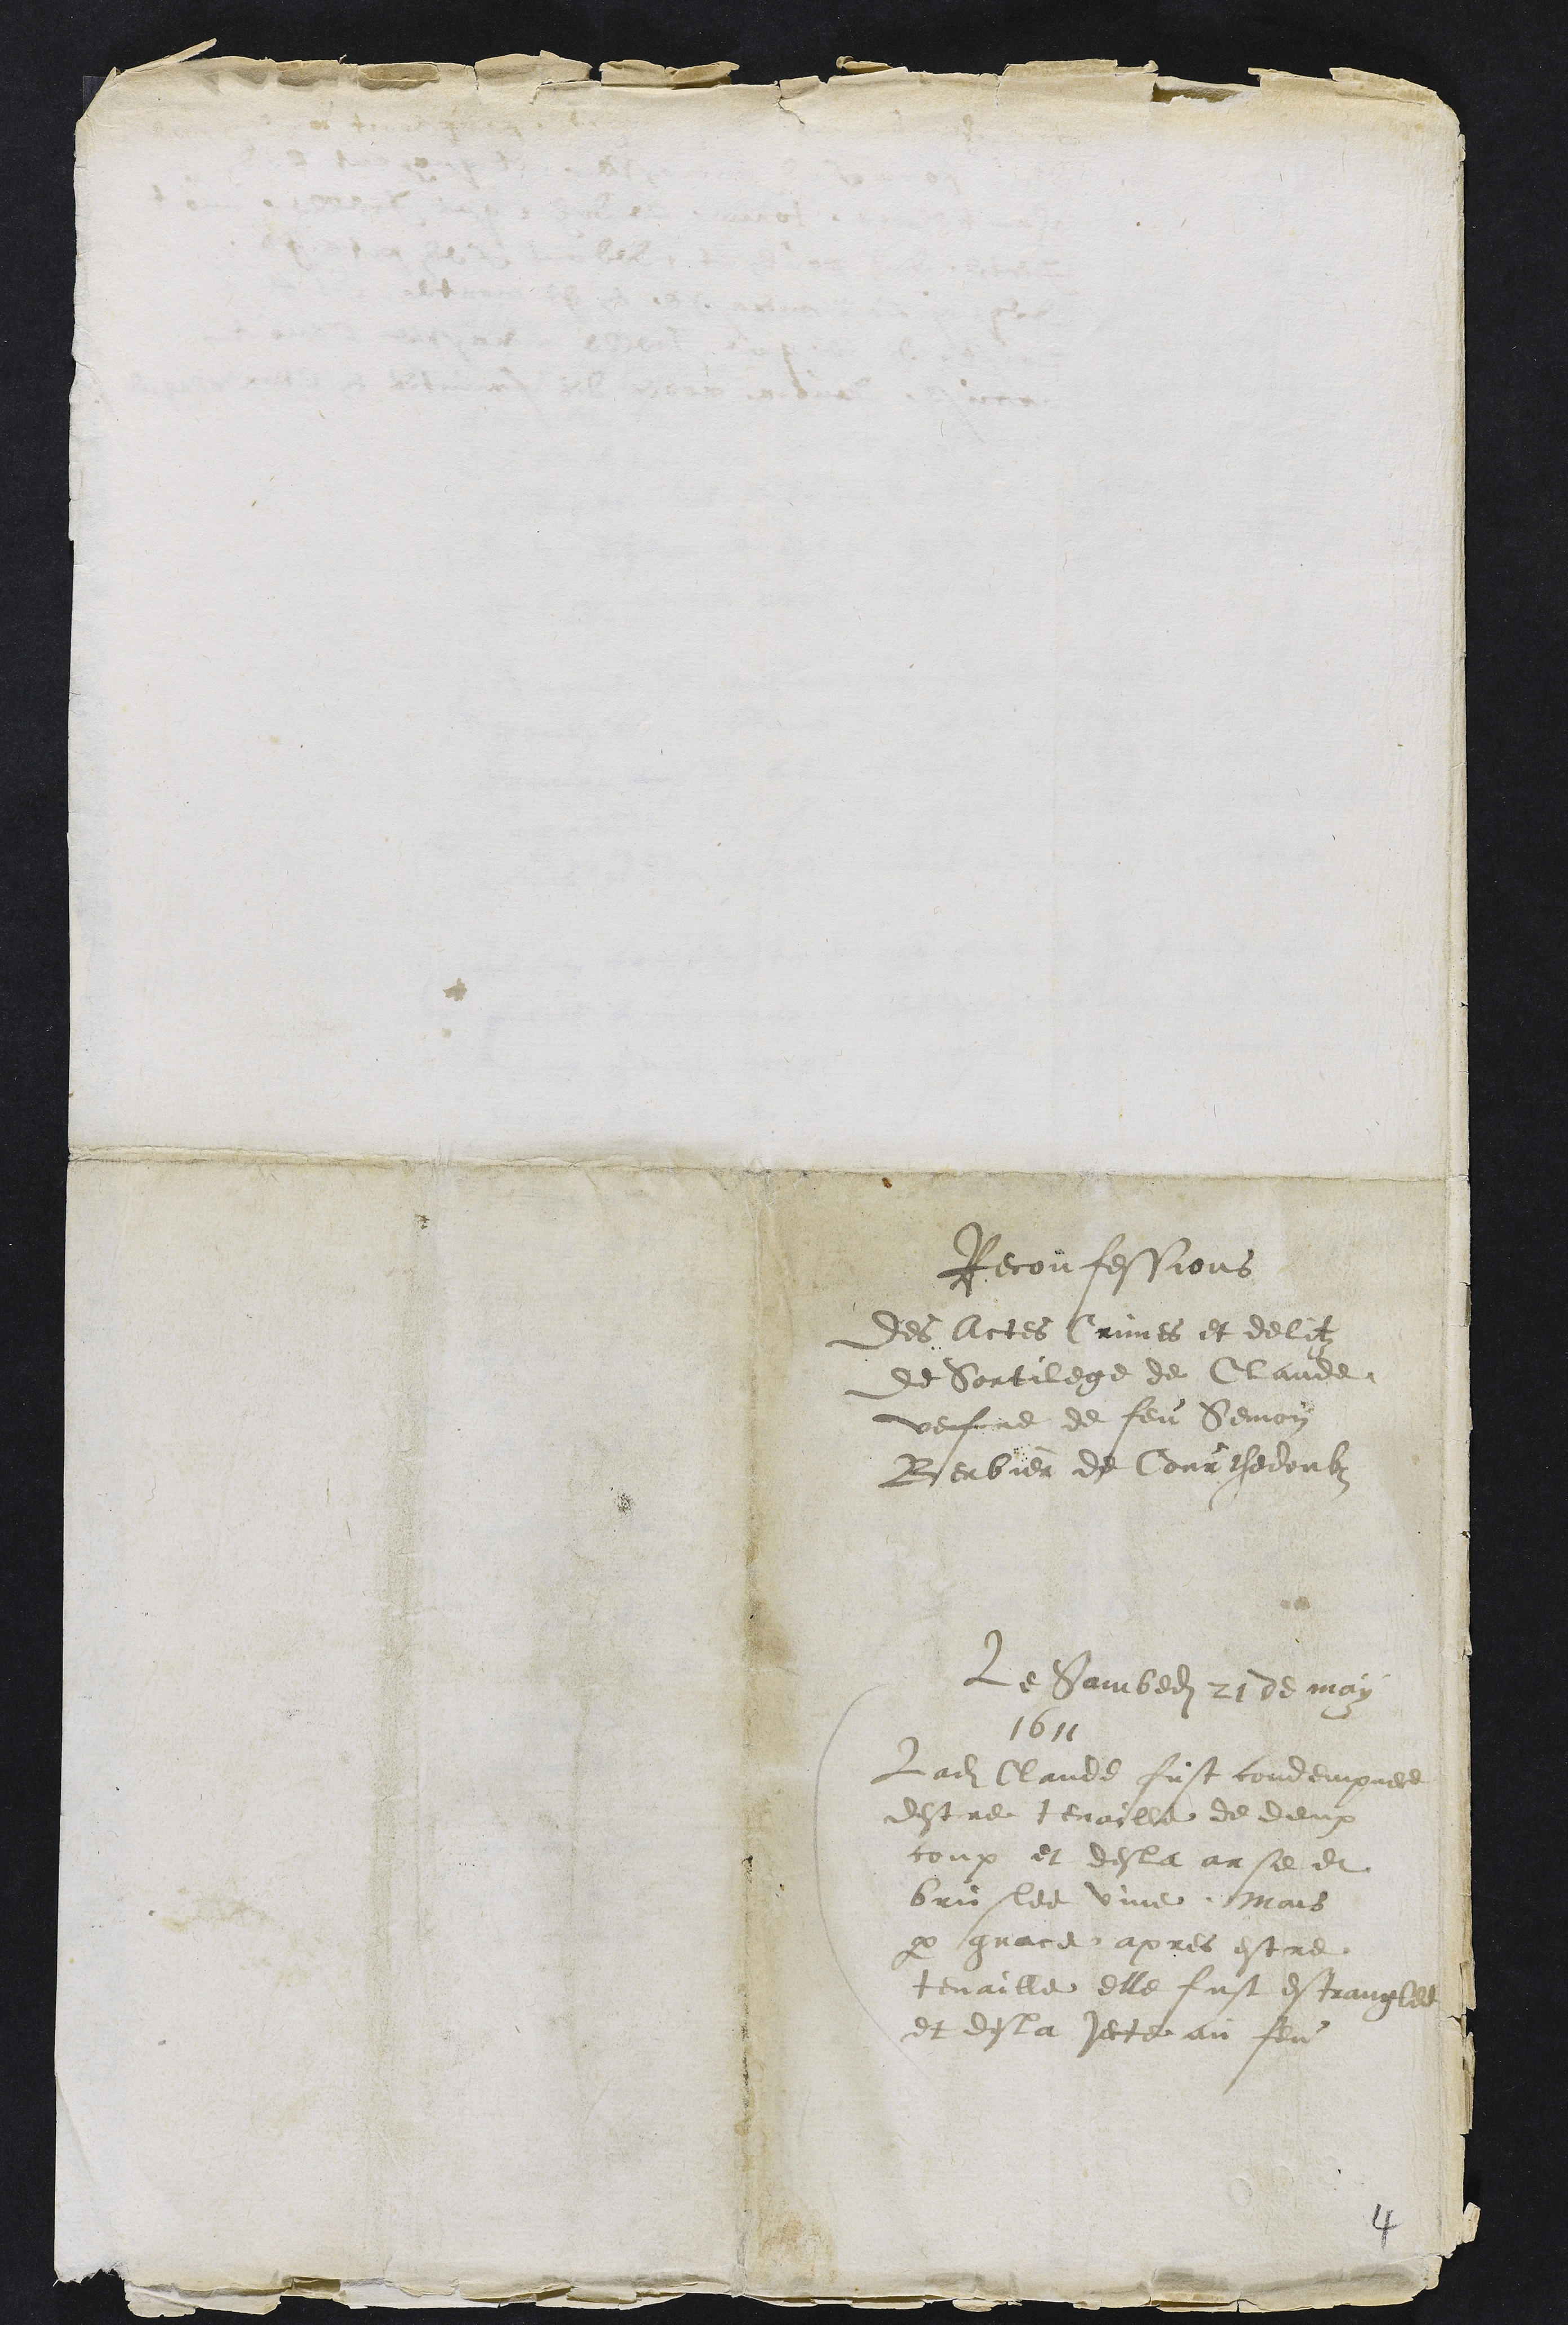
Reconfessions
Des Actes Crimes et delitz
de Sortilege de Claude
vefve de feu Semon
Berbier de Courthedoubz
Le Sambedi 21 de may
1611
Ladite Claude fust condempnee
destre tenaille de deux
coup et desla arse et
bruslee vive. Mais
par grace apres estre
tenaille elle fust estranglee
et desla jecte au feu